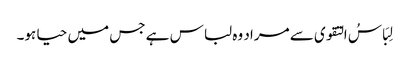
لِبَاسُ التقوی سے مراد وہ لباس ہے جس میں حیا ہو۔